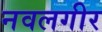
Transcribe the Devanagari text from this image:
नवलगीर